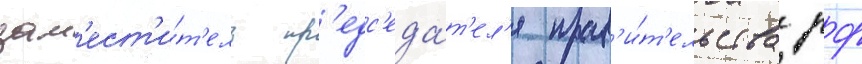
зам'ест'и́т'ель пр'едс'еда́т'ел'я прав'и́т'ельства рф